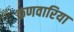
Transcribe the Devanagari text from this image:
कणवारिया